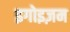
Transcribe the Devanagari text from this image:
इगोइज़म